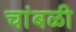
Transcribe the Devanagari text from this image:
चांबळी